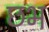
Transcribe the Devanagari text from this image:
छभ